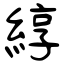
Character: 綧